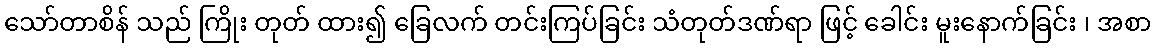
သော်တာစိန် သည် ကြိုး တုတ် ထား၍ ခြေလက် တင်းကြပ်ခြင်း သံတုတ်ဒဏ်ရာ ဖြင့် ခေါင်း မူးနောက်ခြင်း ၊ အစာ